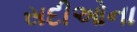
સદીઓના